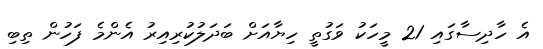
އެ ހާދިސާގައި 21 މީހަކު ވަގުތީ ހިޔާއަށް ބަދަލުކުރިއިރު އެންމެ ފަހުން ތިބި